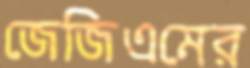
জেজিএমের